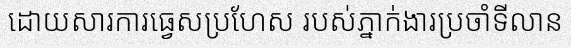
ដោយសារការធ្វេសប្រហែស របស់ភ្នាក់ងារប្រចាំទីលាន